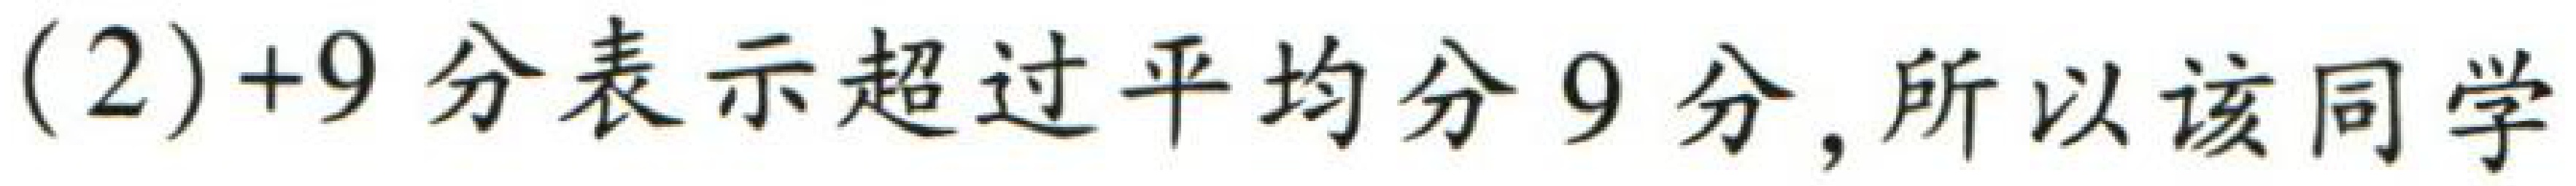
(2)+9分表示超过平均分9分,所以该同学